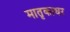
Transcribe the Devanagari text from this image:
मातृकाधर